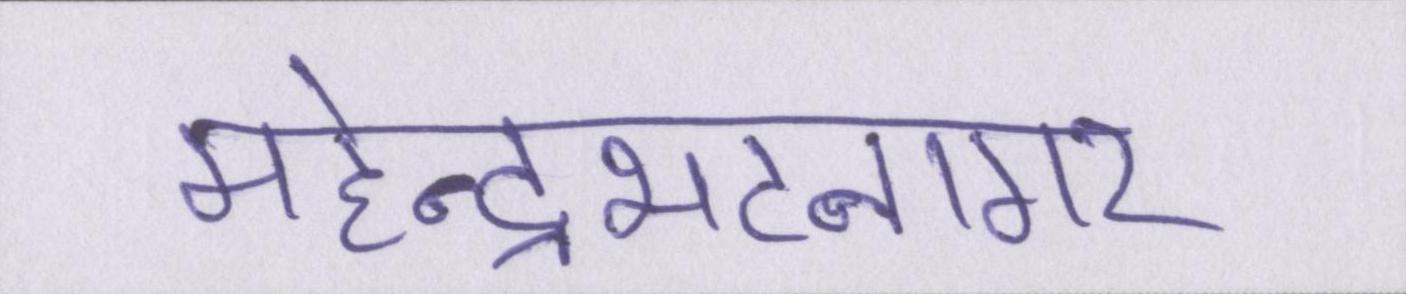
महेन्द्रभटनागर